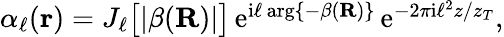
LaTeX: \begin{array}{r}{\alpha_{\ell}({\mathbf r})=J_{\ell}\big[|\beta({\mathbf R})|\big]\, \mathrm{e}^{\mathrm{i}\ell\, \mathrm{arg}\{ -\beta({\mathbf R})\} }\, \mathrm{e}^{-2\pi\mathrm{i}\ell^{2}z/z_{T}},}\end{array}